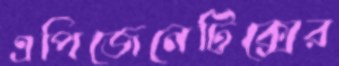
এপিজেনেটিক্সের